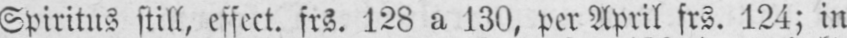
Spiritus still, effect. frs. 128 a 130, per April frs. 124; in